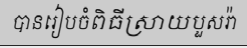
បានរៀបចំពិធីស្រាយបួសរ៉ា